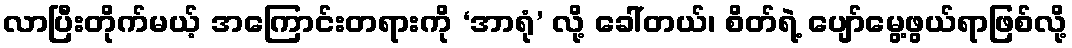
လာပြီးတိုက်မယ့် အကြောင်းတရားကို ‘အာရုံ’ လို့ ခေါ်တယ်၊ စိတ်ရဲ့ ပျော်မွေ့ဖွယ်ရာဖြစ်လို့